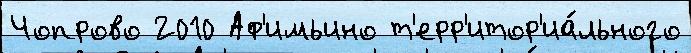
Чопрово 2010 Аф'имьино т'ерр'итор'иа́льного